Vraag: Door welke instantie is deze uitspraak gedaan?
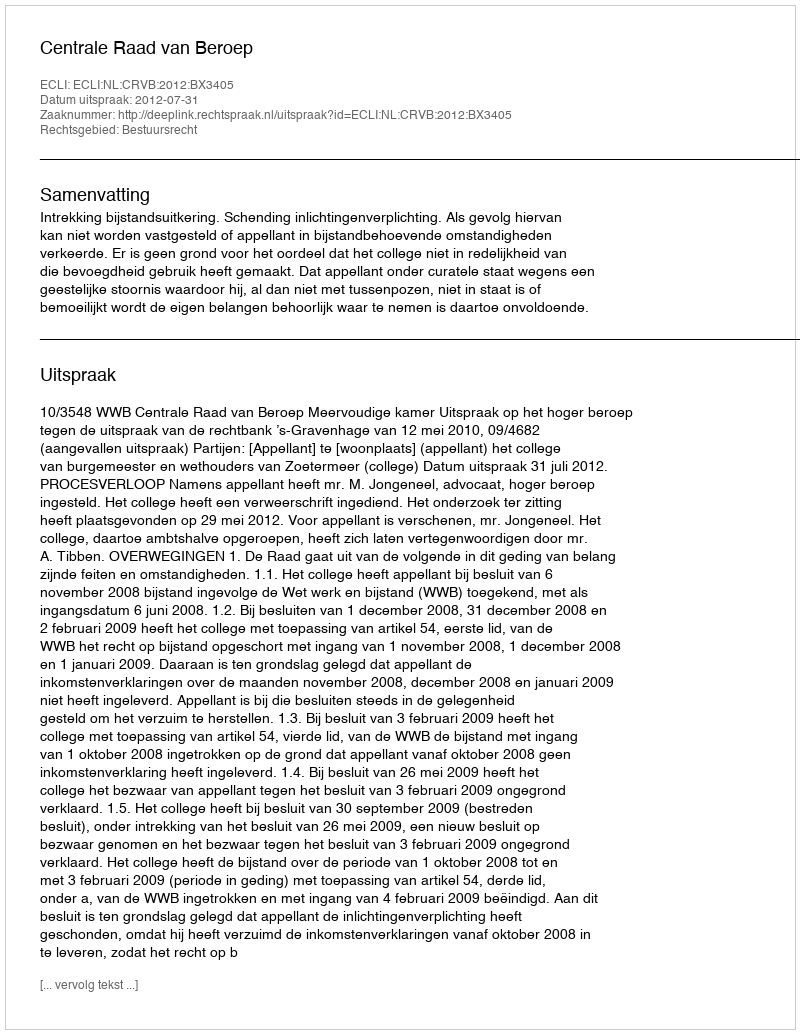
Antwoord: Centrale Raad van Beroep